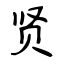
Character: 贤